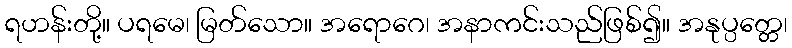
ရဟန်းတို့။ ပရမေ၊ မြတ်သော။ အရောဂေ၊ အနာကင်းသည်ဖြစ်၍။ အနုပ္ပတ္တေ၊